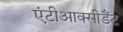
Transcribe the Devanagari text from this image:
एंटीआक्सीडैंट